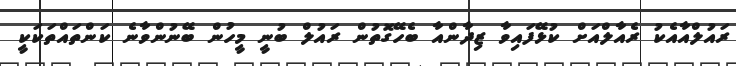
ރައުލްއާއެކު ރެއާލްއަށް ކުޅޭފައިވާ ޒިދާންއާ ބެހޭގޮތުން ރައުލް ބުނީ މީހުން ބޭނުންވާނެ ކަންތައްތަކަކީ